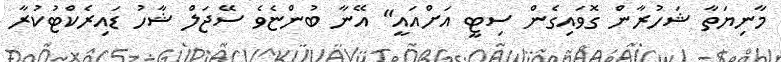
މާނިޔަތާ ޝަހުރާން ގޮވައިގެން ސިޓީ އަށްއައީ" އޭނާ ބުންޏެވެ ސޭޖަލް ޝާހު ޑައިރެކްޓުކުރާ